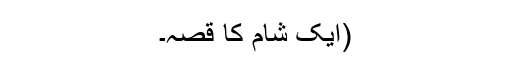
(ایک شام کا قصہ۔